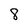
Character: 8